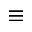
\equiv